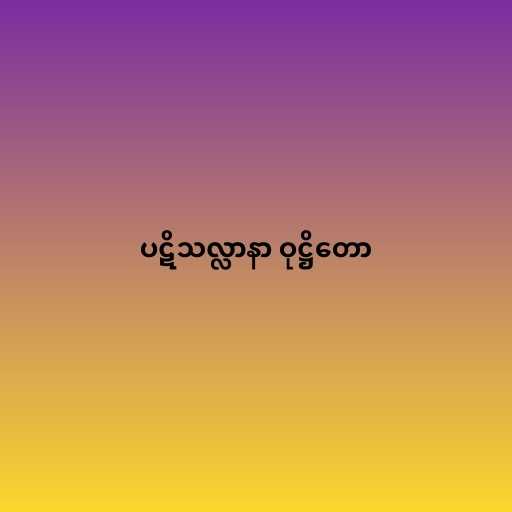
ပဋိသလ္လာနာ ဝုဋ္ဌိတော